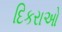
દિકરાઓ